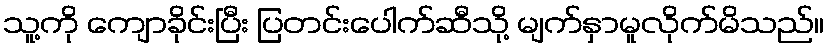
သူ့ကို ကျောခိုင်းပြီး ပြတင်းပေါက်ဆီသို့ မျက်နှာမူလိုက်မိသည်။